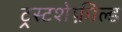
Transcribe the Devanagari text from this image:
ट्रस्टशेफ़ील्ड